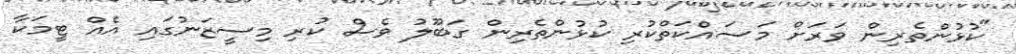
"ކުޅުންތެރިން ވަރަށް މަސައްކަތްކުރި ކުޅުންތެރިން ގަބޫލު ވެސް ކުރި މިސީޒަނުގައި އެއް ޓީމަކާ